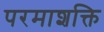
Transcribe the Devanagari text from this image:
परमाशक्ति